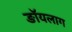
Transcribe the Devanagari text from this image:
ङॉयलाग